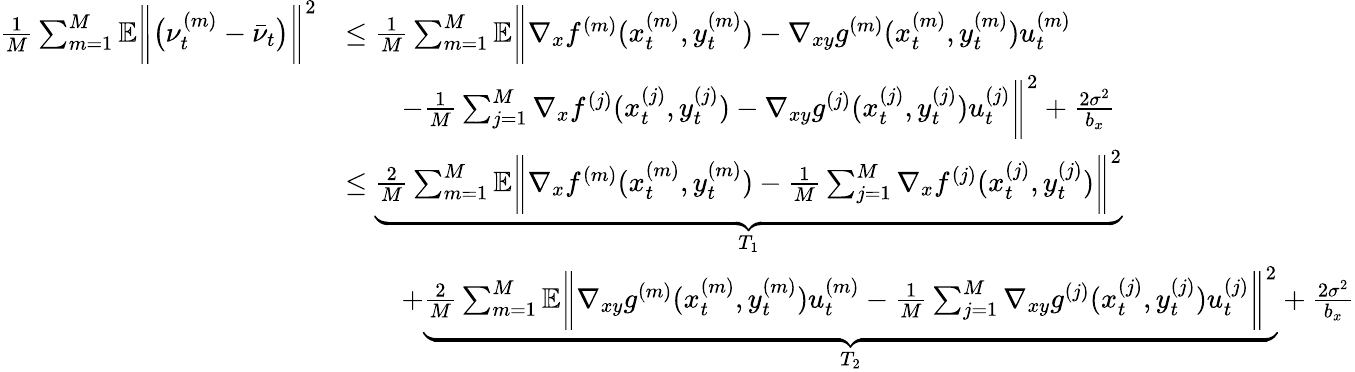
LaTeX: \begin{array}{rl}{\frac{1}{M}\sum_{m=1}^{M}\mathbb{E}\bigg\| \big(\nu_{t}^{(m)}-\bar{\nu}_{t}\big)\bigg\| ^{2}}&{\leq\frac{1}{M}\sum_{m=1}^{M}\mathbb{E}\bigg\| \nabla_{x}f^{(m)}(x_{t}^{(m)},y_{t}^{(m)})-\nabla_{xy}g^{(m)}(x_{t}^{(m)},y_{t}^{(m)})u_{t}^{(m)}}\\ &{\qquad-\frac{1}{M}\sum_{j=1}^{M}\nabla_{x}f^{(j)}(x_{t}^{(j)},y_{t}^{(j)})-\nabla_{xy}g^{(j)}(x_{t}^{(j)},y_{t}^{(j)})u_{t}^{(j)}\bigg\| ^{2}+\frac{2\sigma^{2}}{b_{x}}}\\ &{\leq\underbrace{\frac{2}{M}\sum_{m=1}^{M}\mathbb{E}\bigg\| \nabla_{x}f^{(m)}(x_{t}^{(m)},y_{t}^{(m)})-\frac{1}{M}\sum_{j=1}^{M}\nabla_{x}f^{(j)}(x_{t}^{(j)},y_{t}^{(j)})\bigg\| ^{2}}_{T_{1}}}\\ &{\qquad+\underbrace{\frac{2}{M}\sum_{m=1}^{M}\mathbb{E}\bigg\| \nabla_{xy}g^{(m)}(x_{t}^{(m)},y_{t}^{(m)})u_{t}^{(m)}-\frac{1}{M}\sum_{j=1}^{M}\nabla_{xy}g^{(j)}(x_{t}^{(j)},y_{t}^{(j)})u_{t}^{(j)}\bigg\| ^{2}}_{T_{2}}+\frac{2\sigma^{2}}{b_{x}}}\end{array}